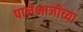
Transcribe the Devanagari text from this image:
पालेभाजीच्या